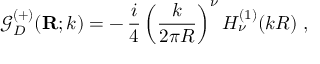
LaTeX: { \mathcal G } _ { { D } } ^ { ( + ) } ( { \bf R } ; k ) = - \, \frac { i } { 4 } \left( \frac { k } { 2 \pi R } \right) ^ { \nu } H _ { \nu } ^ { ( 1 ) } ( k R ) \; ,